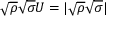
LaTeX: { \sqrt { \rho } } { \sqrt { \sigma } } U = | { \sqrt { \rho } } { \sqrt { \sigma } } |